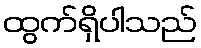
ထွက်ရှိပါသည်